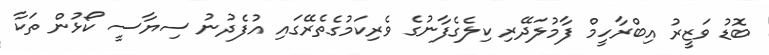
ބޮޑު ވަޒީރު އިބްރާހީމް ފާމުލަދޭރި ކިލެގެފާނުގެ ވެރިކަމުގެތެރޭގައި އުފެދުނު ސިޔާސީ ކޯޅުން ތަކާ